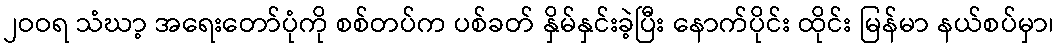
၂ဝဝရ သံဃာ့ အရေးတော်ပုံကို စစ်တပ်က ပစ်ခတ် နှိမ်နှင်းခဲ့ပြီး နောက်ပိုင်း ထိုင်း မြန်မာ နယ်စပ်မှာ၊